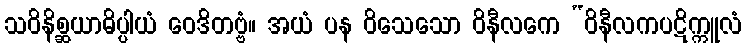
သဝိနိစ္ဆယာဓိပ္ပါယံ ဝေဒိတဗ္ဗံ။ အယံ ပန ဝိသေသော ဝိနီလကေ “ဝိနီလကပဋိက္ကူလံ